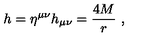
h = \eta ^ { \mu \nu } h _ { \mu \nu } = \frac { 4 M } { r } \ ,